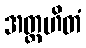
အတ္တဟိတံ